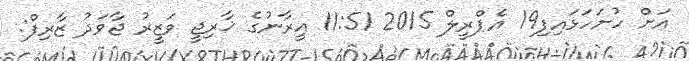
އަށް ހުށަހަޅައިފި19 އެޕްރީލް 2015 11:51 އީރާނުގެ ޚާރިޖީ ވަޒީރު ޖާވަދު ޒާރިފް: